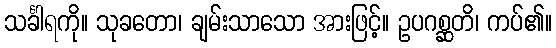
သင်္ခါရကို။ သုခတော၊ ချမ်းသာသော အားဖြင့်။ ဥပဂစ္ဆတိ၊ ကပ်၏။